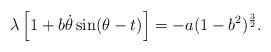
LaTeX: \begin{align*} \lambda\left[ 1+b\dot{\theta}\sin(\theta-t)\right] =-a(1-b^2)^{\frac{3}{2}}. \end{align*}